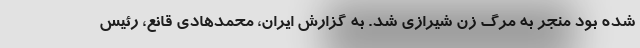
شده بود منجر به مرگ زن شیرازی شد. به گزارش ایران، محمدهادی قانع، رئیس